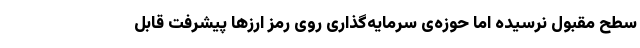
سطح مقبول نرسیده اما حوزه‌ی سرمایه‌گذاری روی رمز ارزها پیشرفت قابل